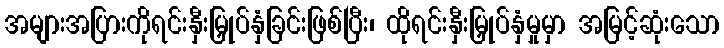
အများအပြားကိုရင်းနှီးမြှုပ်နှံခြင်းဖြစ်ပြီး၊ ထိုရင်းနှီးမြှုပ်နှံမှုမှာ အမြင့်ဆုံးသော